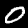
Digit: 0